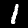
Label: 1